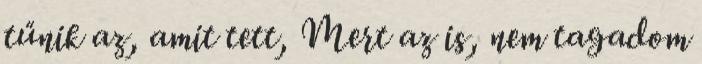
tűnik az, amit tett, Mert az is, nem tagadom